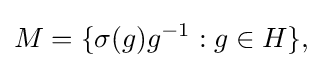
\displaystyle {M=\{\sigma (g)g^{-1}:g\in H\},}